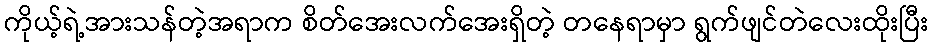
ကိုယ့်ရဲ့အားသန်တဲ့အရာက စိတ်အေးလက်အေးရှိတဲ့ တနေရာမှာ ရွက်ဖျင်တဲလေးထိုးပြီး